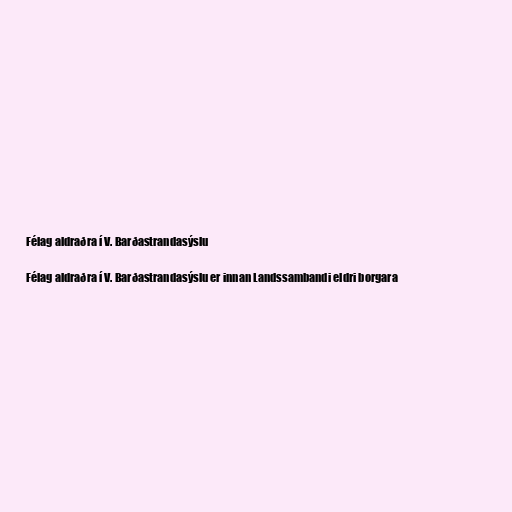
Félag aldraðra í V. Barðastrandasýslu

Félag aldraðra í V. Barðastrandasýslu er innan Landssambandi eldri borgara